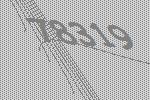
78319